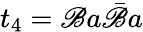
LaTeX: t_{4}=\mathscr{B}a\bar{{\mathscr{B}}}a